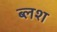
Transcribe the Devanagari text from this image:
ब्लश